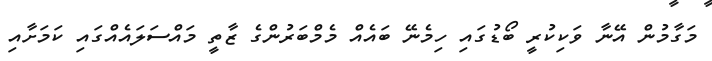
މަގާމުން އޭނާ ވަކިކުރީ ބޯޑުގައި ހިމެނޭ ބައެއް މެމްބަރުންގެ ޒާތީ މައްސަލައެއްގައި ކަމަށާއި